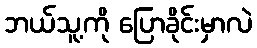
ဘယ်သူ့ကို ပြောခိုင်းမှာလဲ